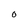
Character: O